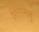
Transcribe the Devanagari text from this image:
गिरामत्तु